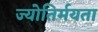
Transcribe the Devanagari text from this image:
ज्योतिर्मयता